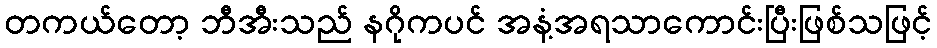
တကယ်တော့ ဘီအီးသည် နဂိုကပင် အနံ့အရသာကောင်းပြီးဖြစ်သဖြင့်